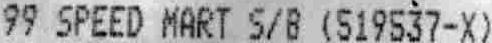
99 SPEED MART S/B (519537-X)